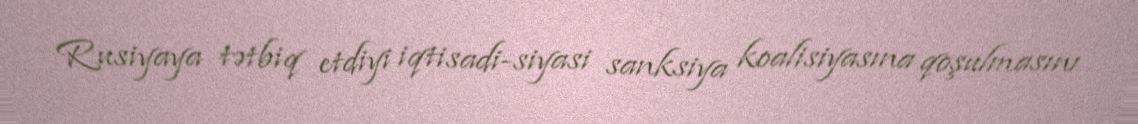
Rusiyaya tətbiq etdiyi iqtisadi-siyasi sanksiya koalisiyasına qoşulmasını